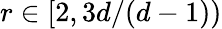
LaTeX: r\in[2,3d/(d-1))